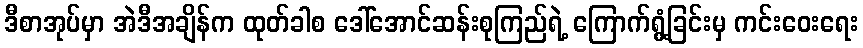
ဒီစာအုပ်မှာ အဲဒီအချိန်က ထုတ်ခါစ ဒေါ်အောင်ဆန်းစုကြည်ရဲ့ ကြောက်ရွံ့ခြင်းမှ ကင်းဝေးရေး